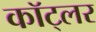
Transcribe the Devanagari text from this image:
कॉट्लर